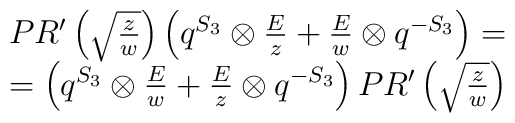
\begin{array}{c}PR'\left(\sqrt{z\over w}\right)\left(q^{S_3}\otimes {E\over z}+{E\over w}\otimes q^{-S_3}\right)=\\=\left(q^{S_3}\otimes {E\over w}+{E\over z}\otimes q^{-S_3}\right)PR'\left(\sqrt{z\over w}\right)\end{array}